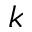
k